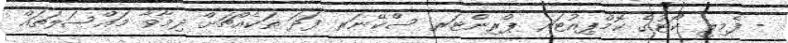
- ފެމިލީ ކޯޓުގެ ކޮމްޕިއުޓަރ ޕްރިންޓަރ ސްކޭނަރ ފަދަ ތަކެއްޗަށް ދިމާވާ މައްސަލަތައް